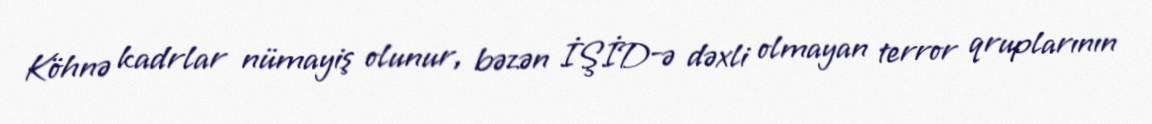
Köhnə kadrlar nümayiş olunur, bəzən İŞİD-ə dəxli olmayan terror qruplarının